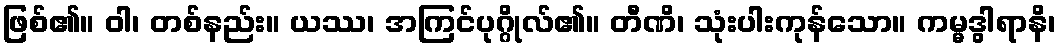
ဖြစ်၏။ ဝါ၊ တစ်နည်း။ ယဿ၊ အကြင်ပုဂ္ဂိုလ်၏။ တီဏိ၊ သုံးပါးကုန်သော။ ကမ္မဒွါရာနိ၊